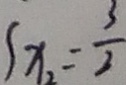
s x _ { 2 } = \frac { 3 } { 2 }